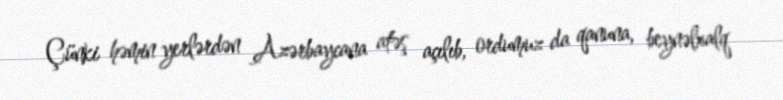
Çünki həmin yerlərdən Azərbaycana atəş açılıb, ordumuz da qanuna, beynəlxalq